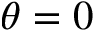
\theta = 0